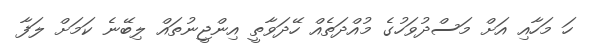
ހަ މަހާއި އަށް މަސްދުވަހުގެ މުއްދަތެއް ހޭދަވާތީ އިންޖީނުތައް ލިބޭނެ ކަމަށް ލަފާ